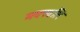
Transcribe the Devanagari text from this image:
मक्खलि